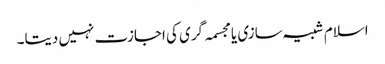
اسلام شبیہ سازی یا مجسمہ گری کی اجازت نہیں دیتا۔